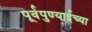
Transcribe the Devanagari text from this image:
पूर्वपुण्याईच्या